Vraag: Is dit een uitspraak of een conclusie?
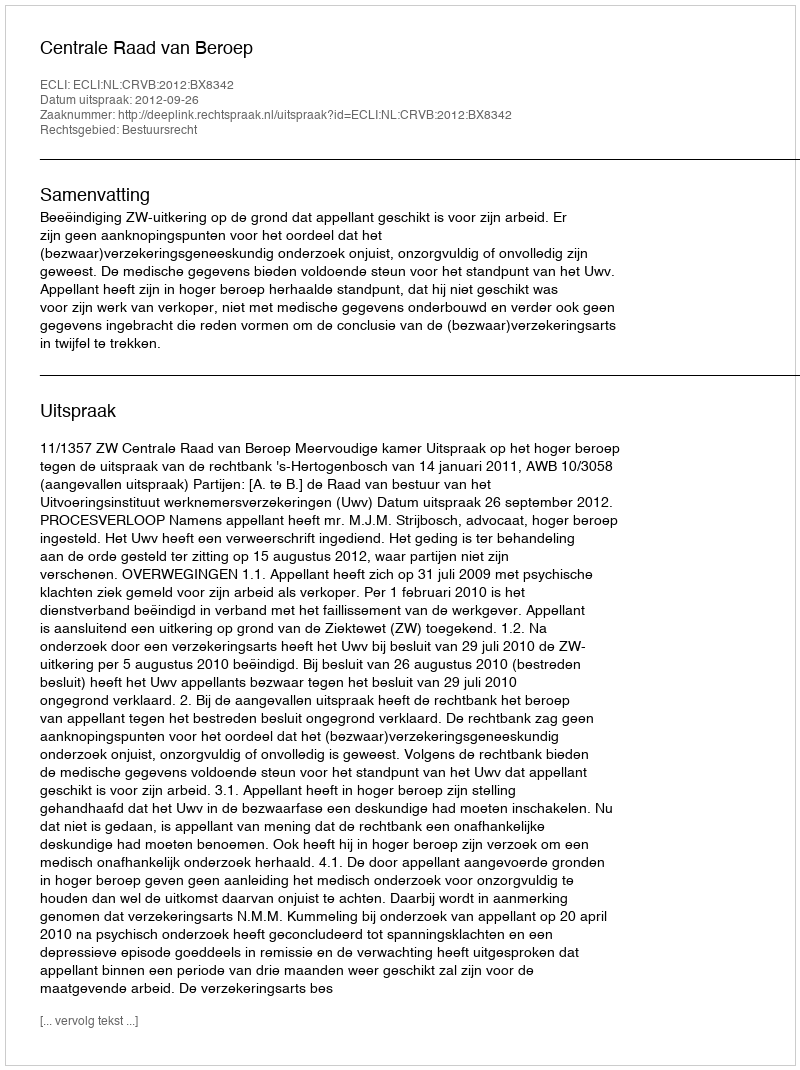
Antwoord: Uitspraak